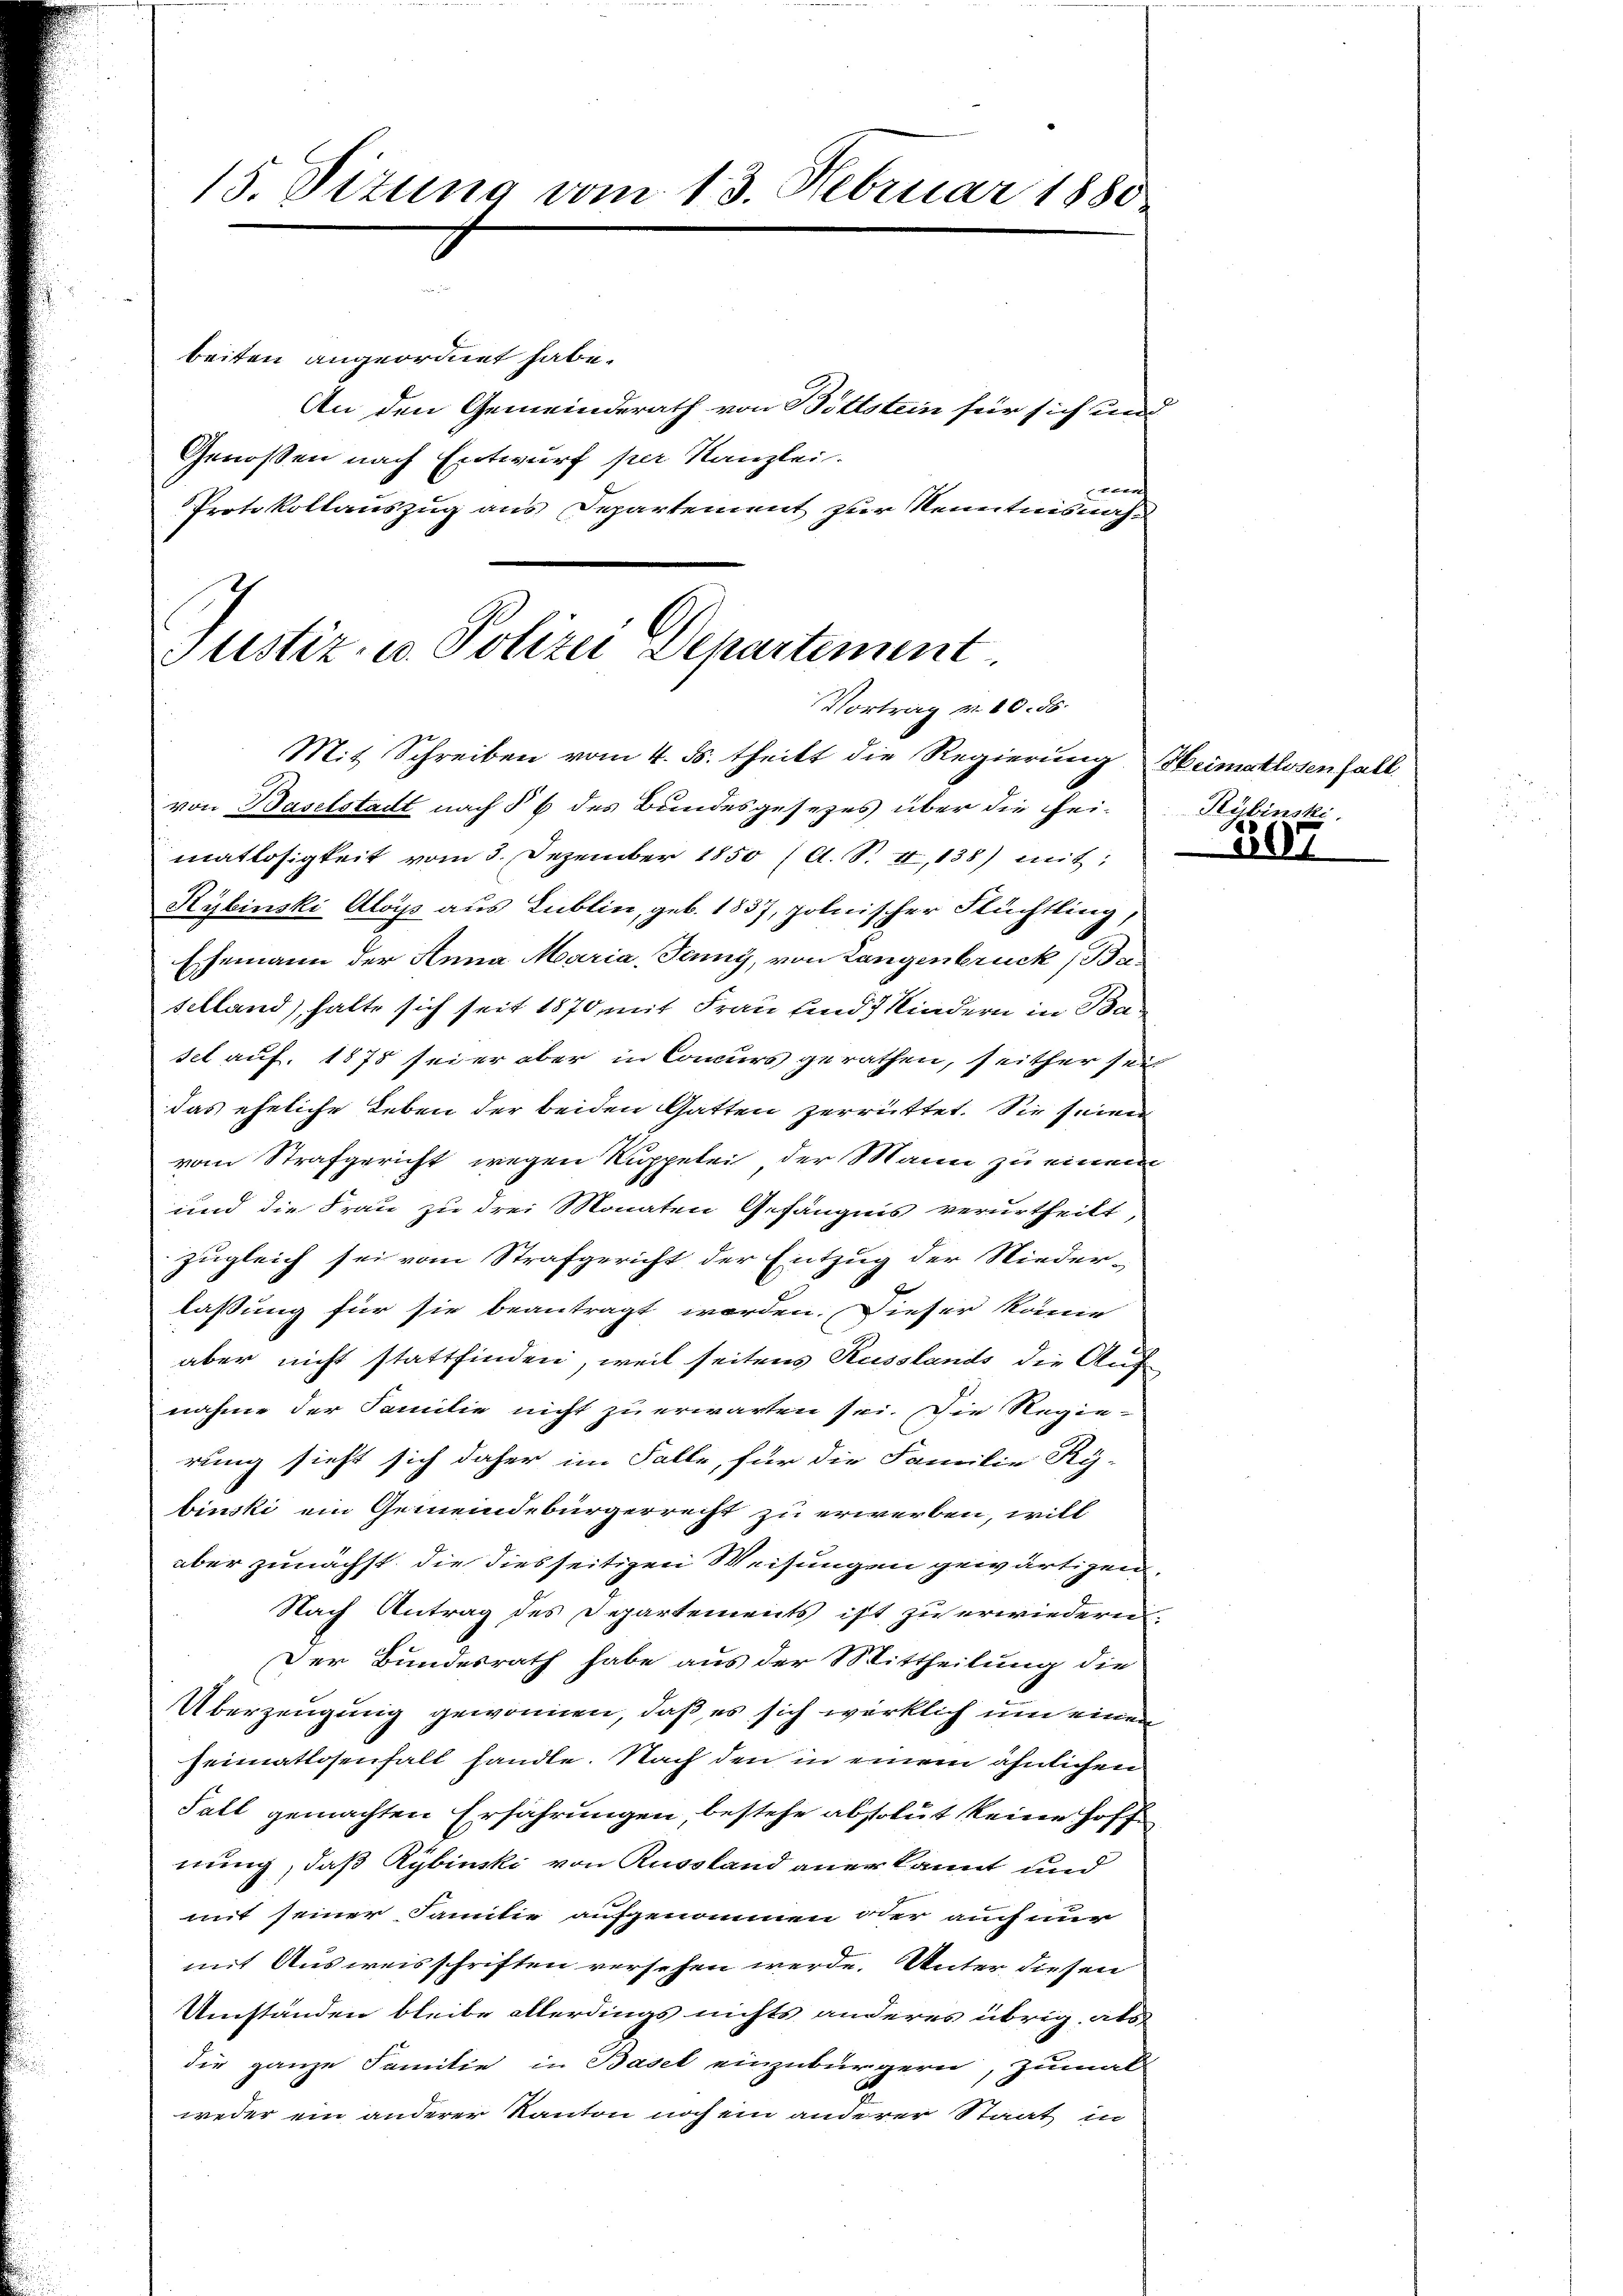
15. Sizung vom 13. Februar 1880

beiten angeordnet habe.
An den Gemeinderath von Bottstein für sich un
Genossen nach Entwurf per Kanzlei.
Protokollauszug aus Departement zur Kenntnisnah¬

nd

Justiz- u. Polizei Departement
Vortrag v. 10. 56.
Mit Schreiben vom 4. ds. theilt die Regierung Heimatlosenfall

von Baselstadt nach § 6 des Bundesgesezes über die fei-Kybinski,
matlosigkeit vom 3. Dezember 1850 (A. S. II, 138) mit:
Kybinski Aloys aus Lublin, geb. 1837, polnischer Flüchtling,
Ehemann der Anna Maria, Jenny, von Langenbruck Baschland), halte sich seit 1870 mit Frau sind 7 Kindern in Basel auf. 1878 sei er aber in Concurs gerathen, seither sei
das eheliche Leben der beiden Gatten zerrüttet. Sie seinen
vom Strafgericht wegen Ruppelei der Mann zu einem
und die Frau zu drei Monaten Gefängnis verurtheilt,
zugleich sei vom Strafgericht der Entzug der Nieder-
laßung für sie beantragt worden. Dieser kome
aber nicht stattfinden, weil seitens Russlands die Aufe
nahme der Familie nicht zu erwarten sei. Die Regie-
rung sieht sich daher im Falle, für die Familie Ry-
binski ein Gemeindebürgerrecht zu erwerben, will
aber zunächst, die diesseitigen Weisungen gewärtigen
Nach Antrag des Departements ist zu erwiedern.
Der Bundesrath habe aus der Mittheilung die
Überzeugung gewonnen, daß es sich wirklich um einen
Heimatlosenfall sandte. Nach den in einem ähnlichen
Fall gemachten Erfahrungen, bestehe absolut keine Hoff
nung, daß Rybinski von Russland aner kannt und
mit seiner Familie aufgenommen oder auch nur
mit Ausweisschriften versehen werde. Unter diesen
Umständen bleibe allerdings nichts anderes übrig, als
die ganze Familie in Basel einzubürgern, zumal
weder ein anderer Kanton noch ein anderer Staat in

207